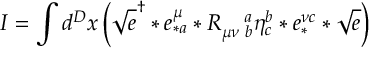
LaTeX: I = \int d ^ { D } x \left( \sqrt { e } ^ { \dagger } \ast e _ { \ast a } ^ { \mu } \ast R _ { \mu \nu \, \, b } ^ { \quad a } \eta _ { c } ^ { b } \ast e _ { \ast } ^ { \nu c } \ast \sqrt { e } \right)